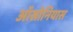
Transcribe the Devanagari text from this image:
ऑसोनियास